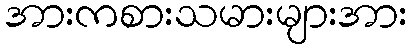
အားကစားသမားများအား